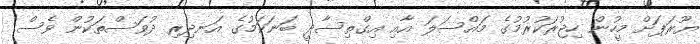
ޔޫރަޕަށް މީހުން ހިޖުރަކުރުމުގެ މައްސަލަ އާއި އިގްތިސާދީ ބަނަކަމުގެ އަނދިރި ދުވަސްތަކުން ވެސް